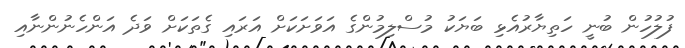
ފުލުހުން ބުނީ ހަތިޔާރުއެޅި ބަޔަކު މުސްލިމުންގެ އަވަށަކަށް އަރައި ގެތަކަށް ވަދެ އަންހެނުންނާއި